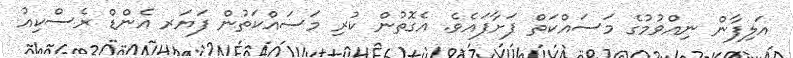
އަލިފާން ނިއްވުމުގެ މަސައްކަތް ފަށާފައެވެ. އެގޮތުން ކުރި މަސައްކަތުން ފަޔަރ އެންޑް ރެސްކިއު